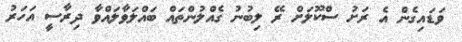
ވަޑައިގެން އެ ރަށު ސްކޫލަށް ރޭ ލިބުނު ގެއްލުންތައް ބައްލަވާލައްވާ ދިރާސީ އަހަރު